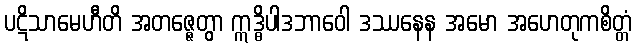
ပဋိသာမေဟီတိ အတဇ္ဇေတွာ ဣဒ္ဓိပါဒဘာဝေါ ဒဿနေန အမော အဟေတုကစိတ္တံ